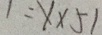
1 = 1 \times 5 1